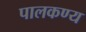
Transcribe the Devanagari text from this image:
पालकण्य